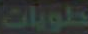
حلويات